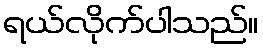
ရယ်လိုက်ပါသည်။